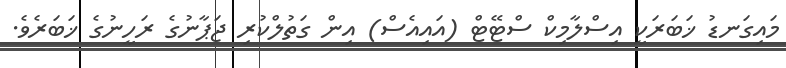
މައިގަނޑު ޚަބަރަކީ އިސްލާމިކް ސްޓޭޓް (އައިއެސް) އިން ގަތުލްކުރި ޖަޕާނުގެ ރަހީނުގެ ޚަބަރެވެ.